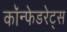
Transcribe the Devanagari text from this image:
कॉन्फेडरेट्स